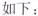
如下：